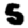
Digit: 5